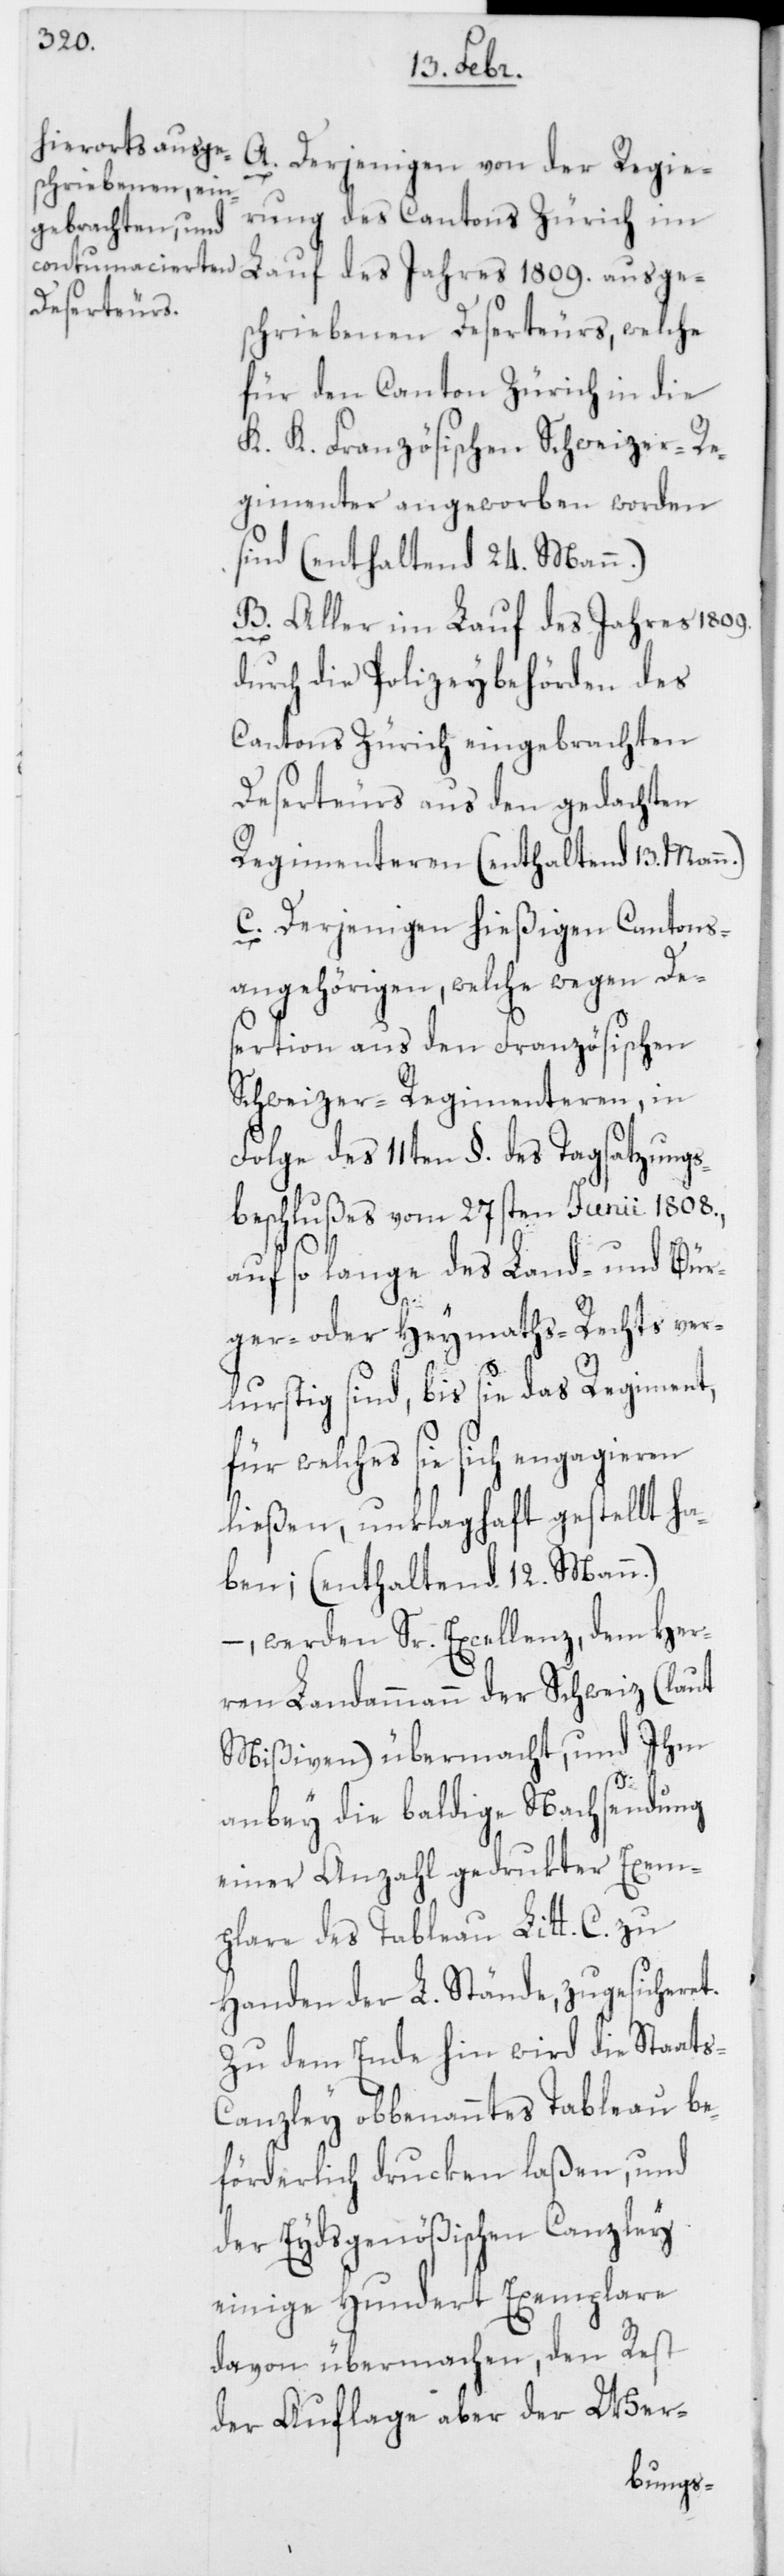
A. Derjenigen von der Regie¬
rung des Cantons Zürich im
Lauf des Jahres 1809. ausge¬
schriebenen Deserteurs, welche
für den Canton Zürich in die
K. K. Französischen Schweizer-Re¬
gimenter angeworben worden
sind (enthaltend 24. Mann.)
B. Aller im Lauf des Jahres 1809.
durch die Polizeybehörden des
Cantons Zürich eingebrachten
Deserteurs aus den gedachten
Regimenteren (enthaltend 13. Man¬
C. Derjenigen hießigen Cantons¬
angehörigen, welche wegen Des¬
ertion aus den Französischen
Schweizer-Regimenteren, in
Folge des 11ten §. des Tagsatzungs¬
beschlußes vom 27sten Junii 1808.,
s-C¬
auf so lange des Land- und Bür¬
ger- oder Heymaths-Rechts ver¬
lurstig sind, bis sie das Regiment,
für welches sie sich engagieren
ließen, unklaghaft gestellt ha¬
ben; (enthaltend 12. Mann.)
– werden Sr. Excellenz, dem Her¬
ren Landammann der Schweiz (laut
Mißiven) übermacht, und Ihm
anbey die baldige Nachsendung
einer Anzahl gedrukter Exem¬
plare des Tableau Litt. C. zu
Handen der L. Stände, zugesicheret.
Zu dem Ende hin wird die Staat¬
anzley obbenanntes Tableau be¬
förderlich drucken laßen, und
der Eydsgenößischen Canzley
einige Hundert Exemplare
davon übermachen, den Rest
der Auflage aber der Wer-